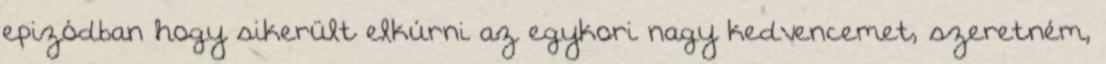
epizódban hogy sikerült elkúrni az egykori nagy kedvencemet, szeretném,